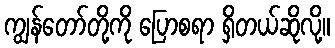
ကျွန်တော်တို့ကို ပြောစရာ ရှိတယ်ဆိုလို့။